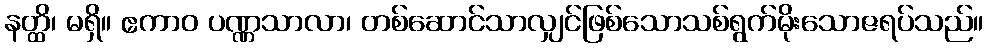
နတ္ထိ၊ မရှိ။ ဧကာဝ ပဏ္ဏသာလာ၊ တစ်ဆောင်သာလျှင်ဖြစ်သောသစ်ရွက်မိုးသောဇရပ်သည်။